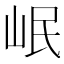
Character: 岷